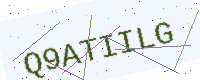
Text: Q9ATIILG